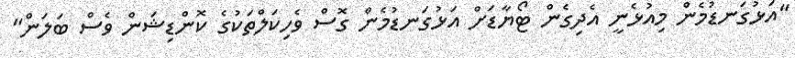
"އަޅުގަނޑުމެން މިއުޅެނީ އެދިގެން ޓޯޔާޑަށް އަޅުގަނޑުމެން ގޮސް ވެހިކަލްތަކުގެ ކޮންޑިޝަން ވެސް ބަލަން"